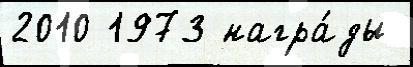
2010 1973 награ́ды